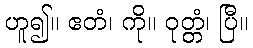
ဟူ၍။ ဧတံ၊ ကို။ ဝုတ္တံ၊ ပြီ။